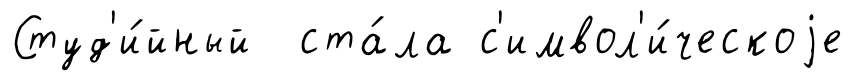
Студ'и́йный ста́ла с'имвол'и́ческоjе